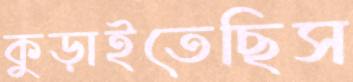
কুড়াইতেছিস